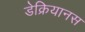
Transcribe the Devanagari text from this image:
डेक्रियानस